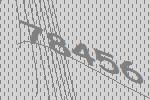
78456